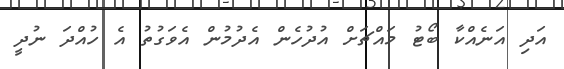
އަދި އަނެއްކާ ބޯޓު މައްޗަށް އުދުހެން އެދުމުން އެވަގުތު އެ ހުއްދަ ނުދީ